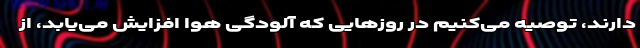
دارند، توصیه می‌کنیم در روزهایی که آلودگی هوا افزایش می‌یابد، از